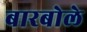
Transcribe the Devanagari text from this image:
बारबोले